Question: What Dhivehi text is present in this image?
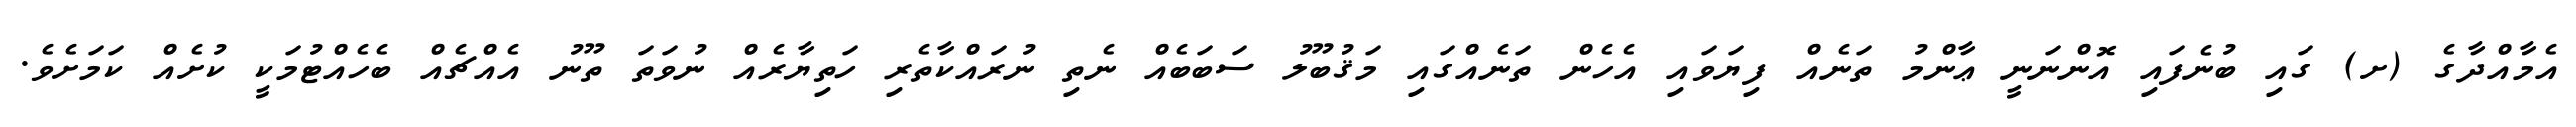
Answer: އެމާއްދާގެ (ށ) ގައި ބުނެފައި އޮންނަނީ ޢާންމު ތަނެއް ފިޔަވައި އެހެން ތަނެއްގައި މަޤުބޫލު ސަބަބެއް ނެތި ނުރައްކާތެރި ހަތިޔާރެއް ނުވަތަ ތޫނު އެއްޗެއް ބެހެއްޓުމަކީ ކުށެއް ކަމަށެވެ.